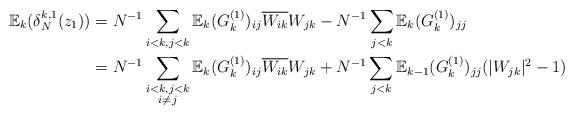
LaTeX: \begin{align*}\mathbb{E}_{k}(\delta^{k,1}_{N}(z_{1})) &=N^{-1}\sum_{i<k,j<k}\mathbb{E}_{k}(G^{(1)}_{k})_{ij}\overline{W_{ik}}W_{jk}-N^{-1}\sum_{j<k}\mathbb{E}_{k}(G^{(1)}_{k})_{jj}\\&= N^{-1}\sum_{\substack{i<k,j<k\\i \neq j}}\mathbb{E}_{k}(G^{(1)}_{k})_{ij}\overline{W_{ik}}W_{jk}+N^{-1}\sum_{j<k}\mathbb{E}_{k-1}(G^{(1)}_{k})_{jj}(|W_{jk}|^{2}-1)\end{align*}